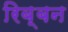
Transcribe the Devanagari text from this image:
रिब्बन